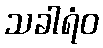
သခါရံဝ